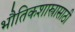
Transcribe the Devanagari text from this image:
भौतिकशास्त्रासाठी